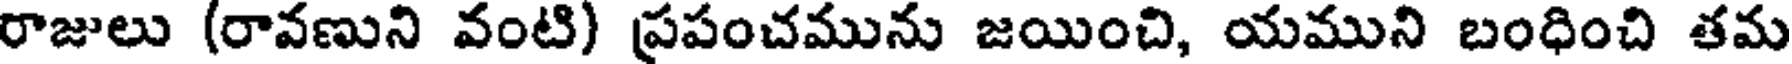
రాజులు (రావణుని వంటి) ప్రపంచమును జయించి, యముని బంధించి తమ